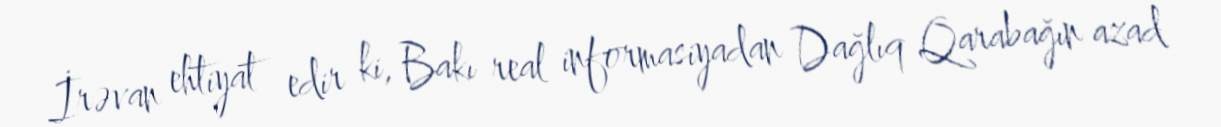
İrəvan ehtiyat edir ki, Bakı real informasiyadan Dağlıq Qarabağın azad